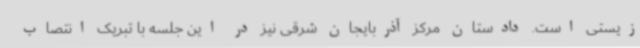
زیستی است. دادستان مرکز آذربایجان شرقی نیز در این جلسه با تبریک انتصاب